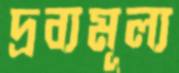
দ্রব্যমূল্য